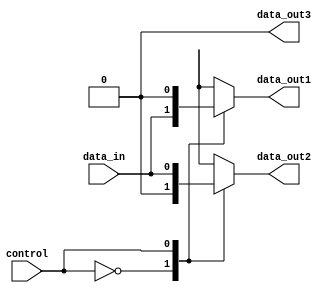
module demultiplexer (
   input wire data_in,
   input wire control,
   output reg data_out1,
   output reg data_out2,
   output reg data_out3
);

always @ (data_in, control)
begin
   case (control)
      2'b00: begin
         data_out1 = data_in;
         data_out2 = 1'b0;
         data_out3 = 1'b0;
      end
      2'b01: begin
         data_out1 = 1'b0;
         data_out2 = data_in;
         data_out3 = 1'b0;
      end
      2'b10: begin
         data_out1 = 1'b0;
         data_out2 = 1'b0;
         data_out3 = data_in;
      end
      default: begin
         data_out1 = 1'bx;
         data_out2 = 1'bx;
         data_out3 = 1'bx;
      end
   endcase
end

endmodule